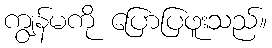
ကျွန်မကို ပြောပြဖူးသည်။